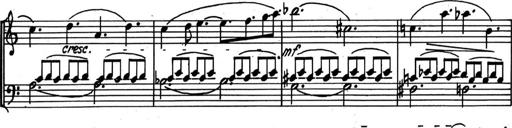
Title: Kleine Sonate
Composer: Raoul Koczalski
Key: C major